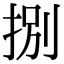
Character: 捌